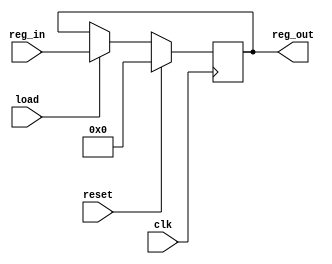
module REGln(reg_out, clk, load, reset, reg_in);
  parameter RegLen = 63;
  output [RegLen:0] reg_out;
  input clk;
  input load;
  input reset;
  input [RegLen:0] reg_in;
  reg [RegLen:0] reg_val;
  assign reg_out = reg_val;
  always @(posedge clk)
  begin
    if (reset == 1'b1)
    begin
      reg_val <= 'b0;
    end
    else if (load == 1'b1)
    begin
      reg_val <= reg_in;
    end
  end
endmodule